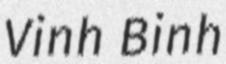
Vinh Binh